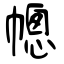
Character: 幒